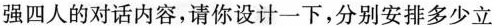
强四人的对话内容，请你设计一下，分别安排多少立